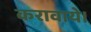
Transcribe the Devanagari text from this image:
करावाये।